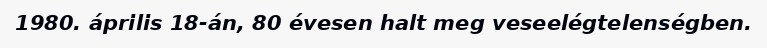
1980. április 18-án, 80 évesen halt meg veseelégtelenségben.